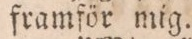
framför mig.